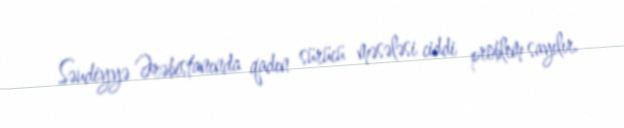
Səudiyyə Ərəbistanında qadın sürücü məsələsi ciddi problem sayılır.